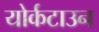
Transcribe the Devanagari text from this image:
योर्कटाउन